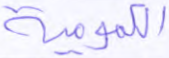
الكمومية